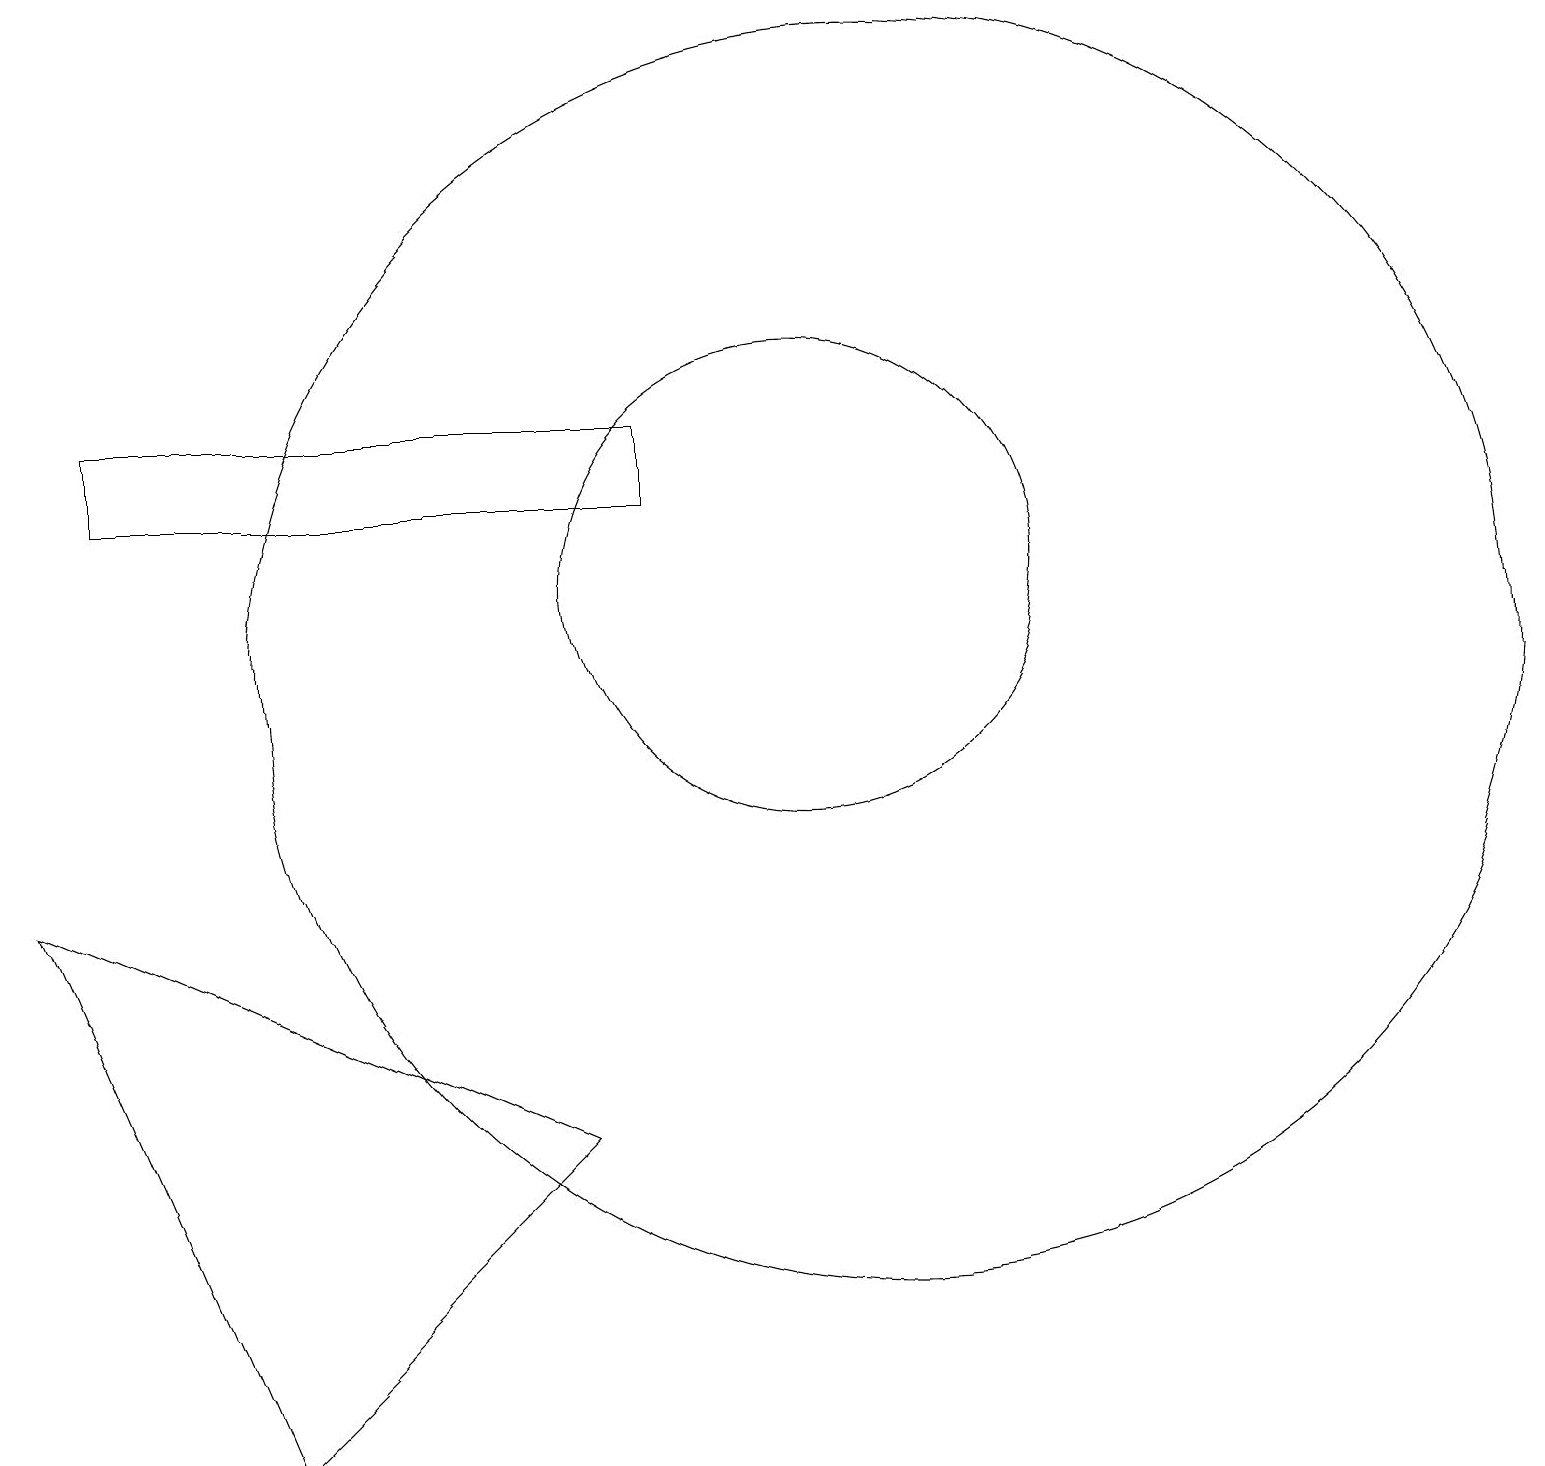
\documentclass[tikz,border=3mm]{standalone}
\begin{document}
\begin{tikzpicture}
\draw (11,10) circle (8);
\draw (1,12) rectangle (8,13);
\draw (3,0) -- (0,7) -- (7,4) -- cycle;
\draw (10,11) circle (3);
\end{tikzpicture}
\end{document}